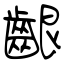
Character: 齦